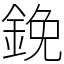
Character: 鋔